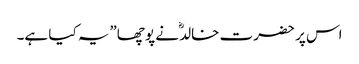
اس پر حضرت خالدؓ نے پوچھا”یہ کیا ہے۔